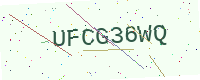
Text: UFCG36WQ